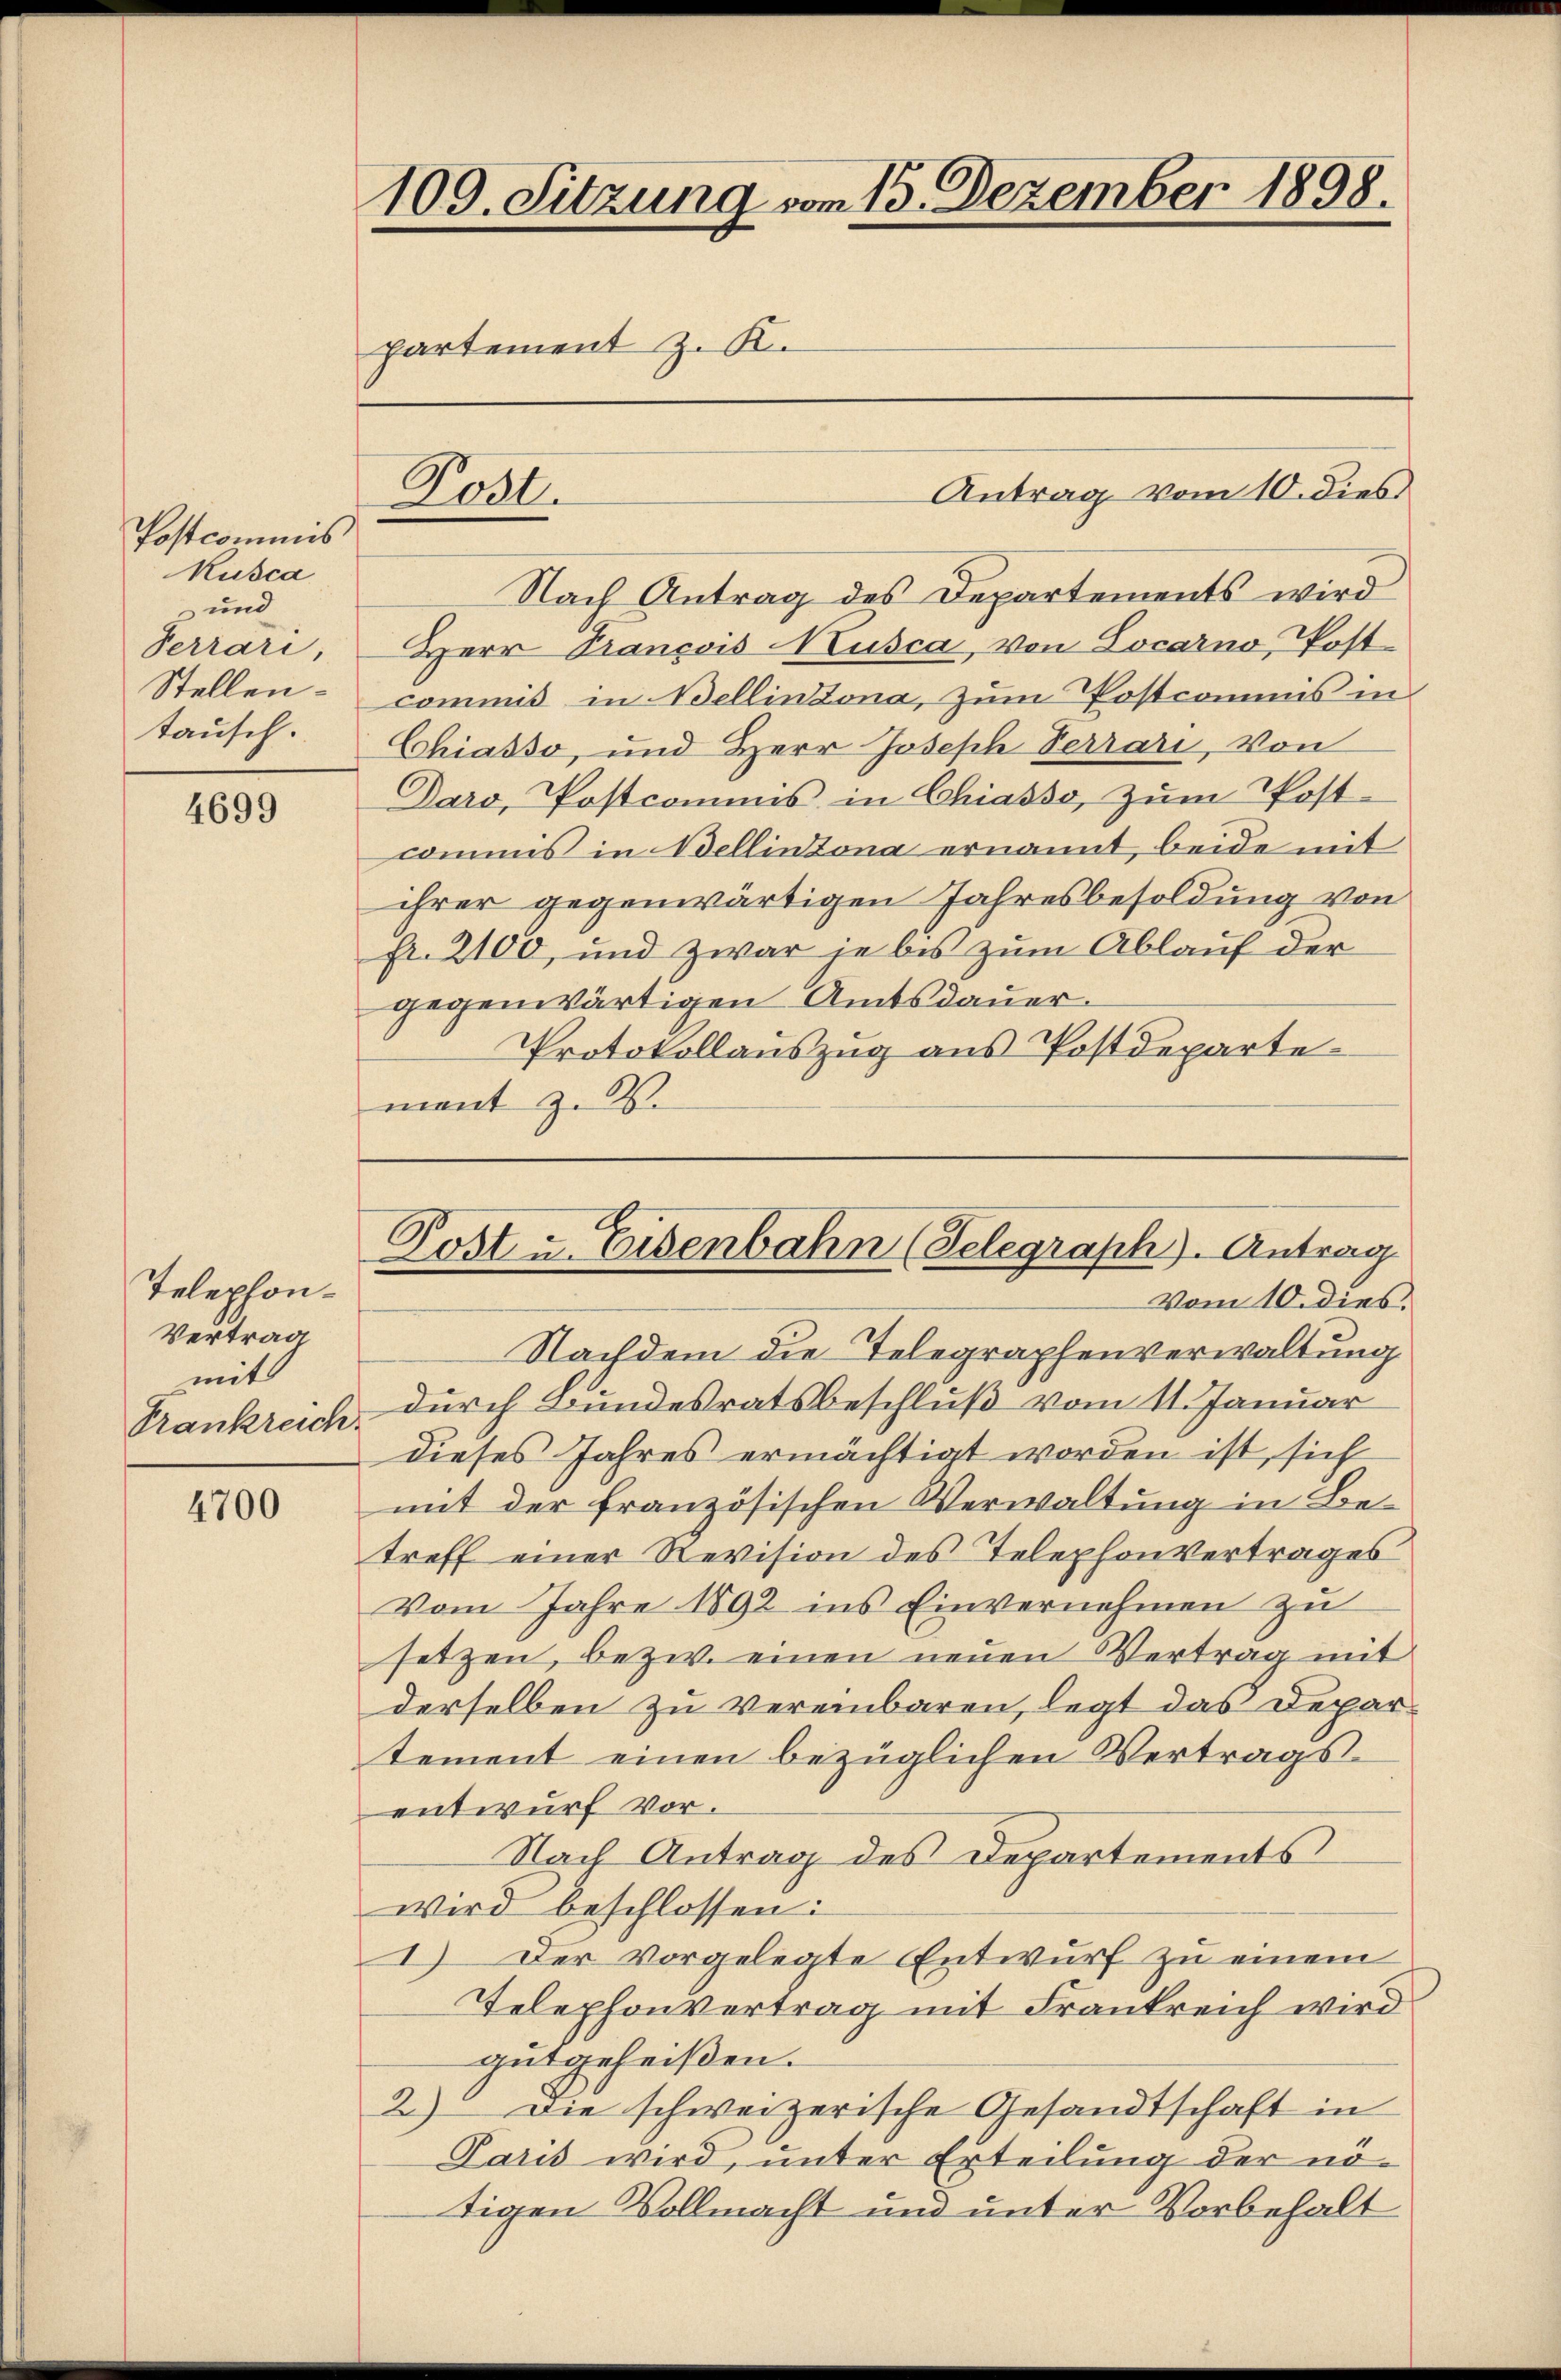
Postcommis
Kusca
und
Terrari
Stellen.
tausch.

4699

Telephon-
Vertrag
mit
Frankreich.

4700

109. Sitzung vom 13. Dezember 1898.
partement z. K.

C
2030.

Antrag vom 10. dies
Nach Antrag des Departements wird
Herr Prançois Nusca, von Locarno Post-
commis in Bellinzona, zum Postcomuns in
Chiasso, und Herr Joseph Terrari, Von
Daro, Postcomuns in Chiasso, zum Post-
commis in Wellinzona ernannt, beide mit
ihrer gegenwärtigen Jahresbesoldung von
fr. 2100, und zwar je bis zum Ablauf der
gegenwärtigen Amtsdauer.
Protokollauszug aus Postdepartemant z. B.

Nachdem die Telegraphenverwaltung
durch Bundesratsbeschluß vom 11. Januar
dieses Jahres ermächtigt worden ist, sich
mit der französischen Verwaltung in Betreff einer Revision des Telephonvertrages
Vom Jahre 1892 ins Einvernehmen zu
setzen, bezw. einen neuen Vertrag mit
derselben zu vereinbaren, legt das Departement einen bezüglichen Vertragsentwurf vor.
Nach Antrag des Departements
wird beschlossen:
I) Der vorgelegte Entwurf zu einem
Telephonvertrag mit Frankreich wird
gutgeheißen.
2) Die schweizerische Gesandtschaft in
Paris wird, unter Erteilung der nötigen Vollmacht und unter Vorbehalt

Post u. Eisenbahn (Telegraph). Antrag
Vom 10. dies.